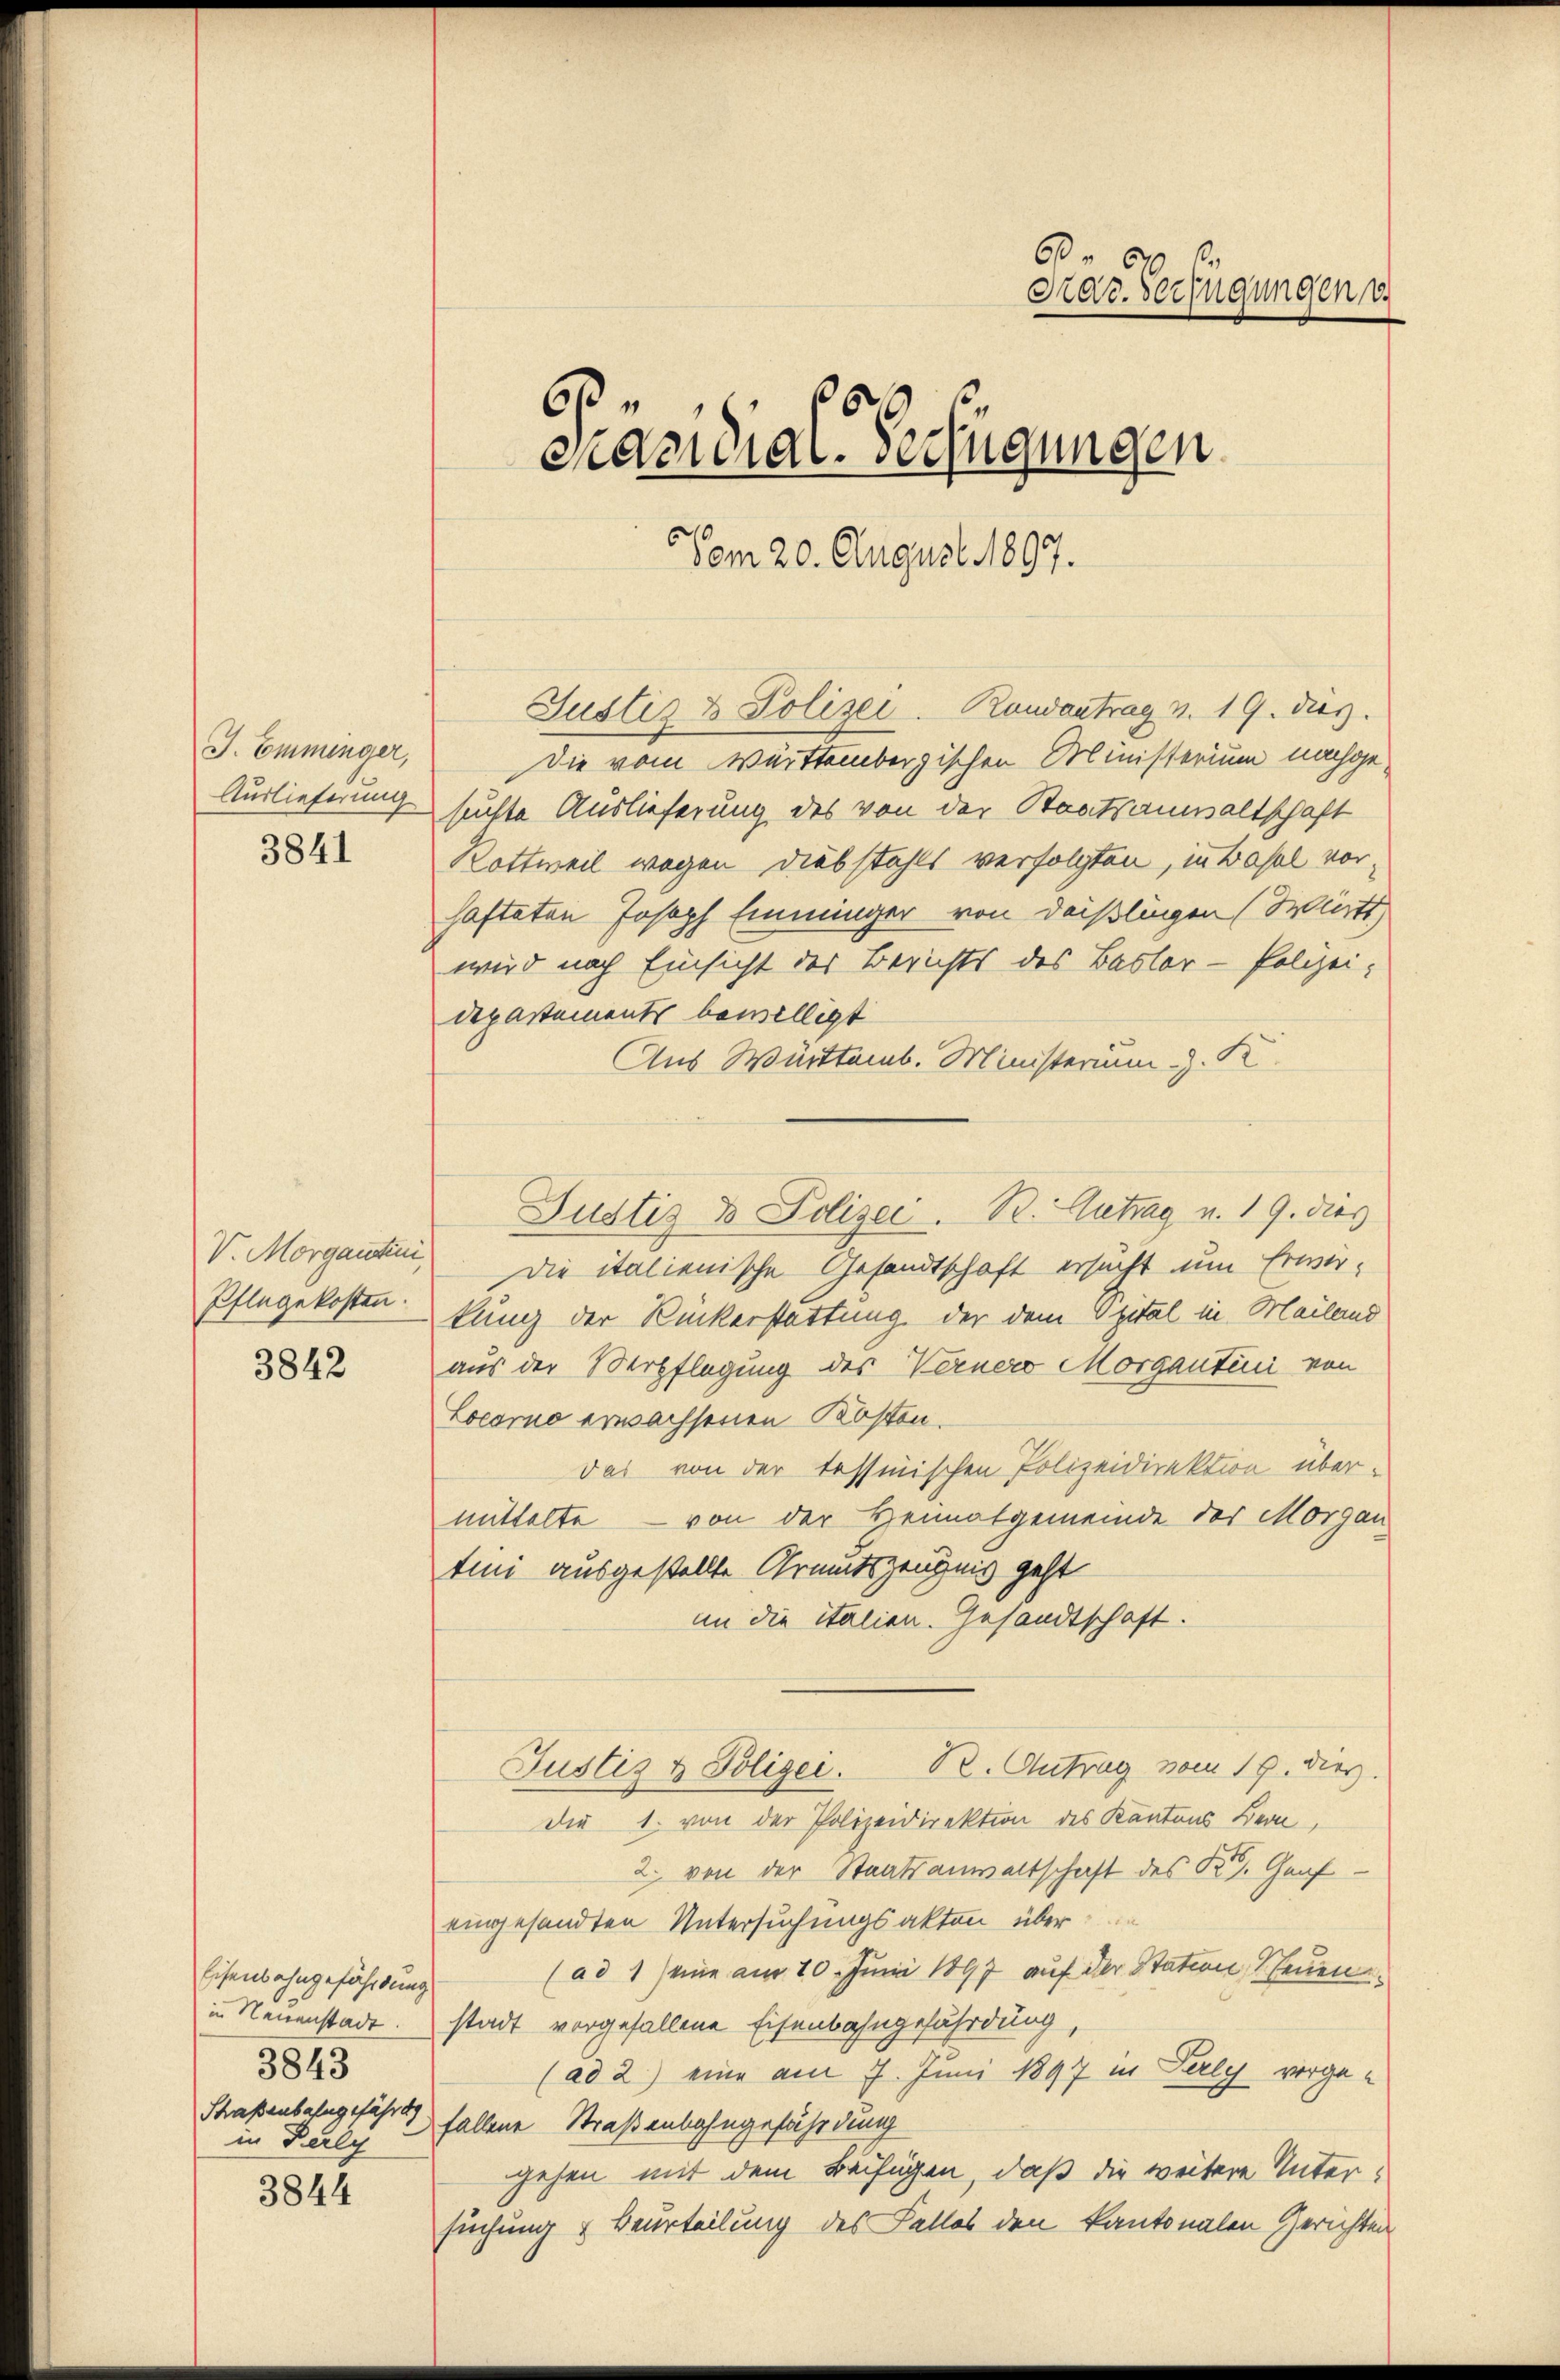
J. Emminger,
3841

V. Morganten,
Pflegekosten.

3842

Eisenbahngefährdung
in Neuenstadt.
3843
Shaßenbahngefährt
in Daly

3844

Die vom Württembergischen Ministerium nachge¬
Auslieferung suchte Auslieferung des von der Staatsanwaltschaft
Rottweil wegen Diebstahls verfolgten, in Basel vor-
hafteten Joseph Emminger von deißlingen (Württ
wird nach Einsicht des Berichts des Basler - Polizei-
departements bewilligt
Aus Württemb. Ministerium z. K.
Die italienische Gesandtschaft ersucht um Erwerkung der Rückerstattung der dem Spital in Mailand
aus der Verpflegung des Verner Morgantini von
Locarno erwachsenen Kosten.
Das von der tessinischen Polizeidirektion übermittelte – von der Heimatgemeinde des Morgan
tini ausgestellte Grundszeugnis geht
an die italien. Gesandtschaft.
Justiz & Polizei. 12. Antrag vom 19. dies.
Die 1. von der Polizeidirektion des Kantons Bern,
2. von der Staatsanwaltschaft des K. Graf
eingesandten Untersuchungsakten über
(ad 1) eine am 20. Juni 1897 auf der Station, Neuen
stadt vorgefallene Eisenbahngefährdung,
(ad 2.) eine am 7. Juni 1897 in Perly vorgefallene Straßenbahngefährdung
gehen mit dem Beifügen, daß die weitere Untersuchung & Beurteilung des Falles den kantonalen Gerichten

60.
Krar. Verfügungen u.
6
6
ende die Verfügungen
Vom 20. August 1897.

Justiz & Polizei- Randantrag v. 19. dies

Justiz & Polizei. B. Antrag u. 19. dies